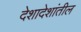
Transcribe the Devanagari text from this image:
देशादेशांतील